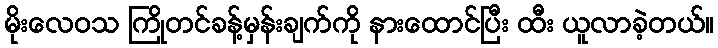
မိုးလေဝသ ကြိုတင်ခန့်မှန်းချက်ကို နားထောင်ပြီး ထီး ယူလာခဲ့တယ်။